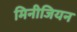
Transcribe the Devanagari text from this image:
मिनीजियन